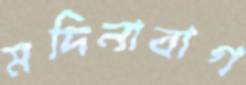
মদিনাবাগ